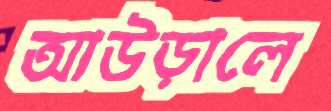
আউড়ালে